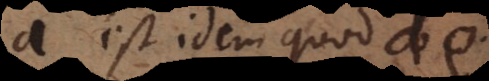
a est idem quod de